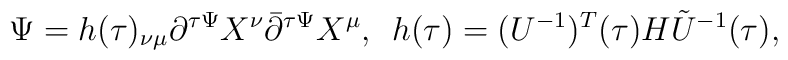
\Psi=h(\tau)_{\nu\mu}\partial^{\tau\Psi}X^{\nu}\bar{\partial}^{\tau\Psi}X^{\mu},\hspace{.5em}h(\tau)=(U^{-1})^{T}(\tau)H\tilde{U}^{-1}(\tau),